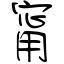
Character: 甯